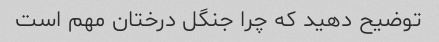
توضیح دهید که چرا جنگل درختان مهم است